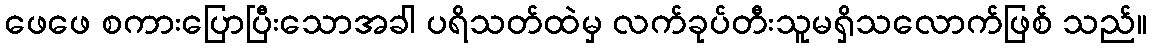
ဖေဖေ စကားပြောပြီးသောအခါ ပရိသတ်ထဲမှ လက်ခုပ်တီးသူမရှိသလောက်ဖြစ် သည်။